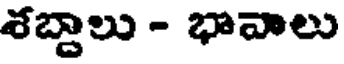
శబ్దాలు - భావాలు